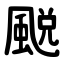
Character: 䬈